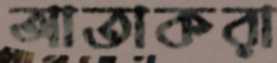
আতাকরা